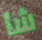
شا